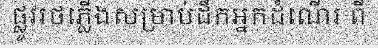
ផ្លូវរថភ្លើងសម្រាប់ដឹកអ្នកដំណើរ ពី